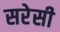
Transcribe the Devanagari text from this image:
सरेसी